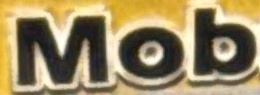
Mob